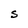
Character: S